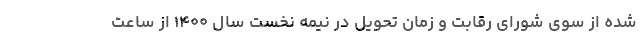
شده از سوی شورای رقابت و زمان تحویل در نیمه نخست سال ۱۴۰۰ از ساعت